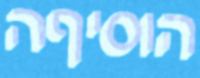
הוסיףה